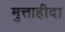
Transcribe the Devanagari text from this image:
मुत्ताहीदा